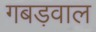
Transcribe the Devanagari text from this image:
गबड़वाल